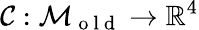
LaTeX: \mathcal{C}:\mathcal{{M}}_{\mathrm{{~o~l~d~}}}\to\mathbb{{R}}^{4}